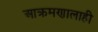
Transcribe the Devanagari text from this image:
आक्रमणालाही